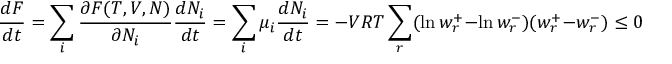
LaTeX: { \frac { d F } { d t } } = \sum _ { i } { \frac { \partial F ( T , V , N ) } { \partial N _ { i } } } { \frac { d N _ { i } } { d t } } = \sum _ { i } \mu _ { i } { \frac { d N _ { i } } { d t } } = - V R T \sum _ { r } ( \ln w _ { r } ^ { + } - \ln w _ { r } ^ { - } ) ( w _ { r } ^ { + } - w _ { r } ^ { - } ) \leq 0